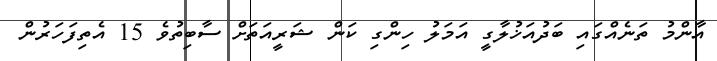
އާންމު ތަނެއްގައި ބަދުއަޚުލާގީ އަމަލު ހިންގި ކަން ޝަރީއަތަށް ސާބިތުވެ 15 އެތިފަހަރުން